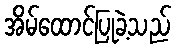
အိမ်ထောင်ပြုခဲ့သည်